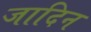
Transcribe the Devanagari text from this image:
जादिन